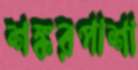
শঙ্করপাশা